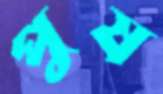
পুষ